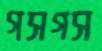
গসগস